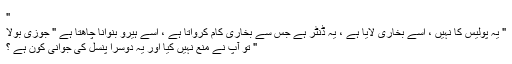
"
" یہ پولیس کا نہیں ، اِسے بخاری لایا ہے ، یہ ڈنٹر ہے جس سے بخاری کام کرواتا ہے ، اِسے ہیرو بنوانا چاھتا ہے " جوزی بولا
" تو آپ نے منع نہیں کیا اور یہ دوسرا پنسل کی جوانی کون ہے ؟